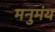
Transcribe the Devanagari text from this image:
मनुमंय